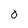
Character: 0